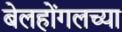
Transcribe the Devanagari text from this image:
बेलहोंगलच्या